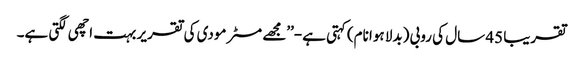
تقریبا 45 سال کی روبی (بدلا ہوا نام) کہتی ہے-’’مجھے مسٹر مودی کی تقریر بہت اچھی لگتی ہے۔